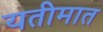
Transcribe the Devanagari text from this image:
यतीमात